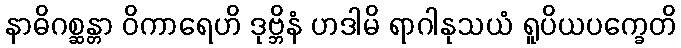
နာဓိဂစ္ဆန္တာ ဝိကာရေဟိ ဒုဗ္ဘိနံ ဟဒါမိ ရာဂါနုသယံ ရူပိယပက္ခေတိ